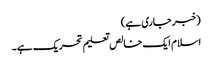
(خبر جاری ہے)
اسلام ایک خالص تعلیم تحریک ہے۔